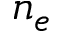
n _ { e }